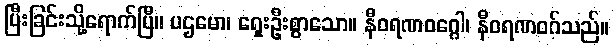
ပြီးခြင်းသို့ရောက်ပြီ။ ပဌမော၊ ရှေးဦးစွာသော။ နီဝရဏဝဂ္ဂေါ၊ နီဝရဏဝဂ်သည်။